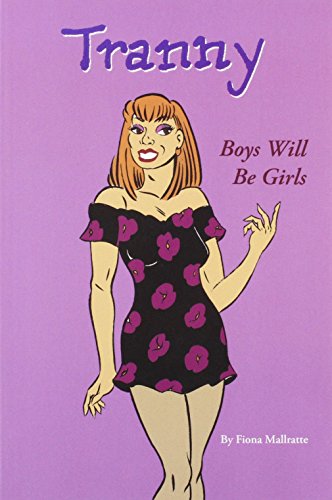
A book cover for Tranny: Boys Will be Girls; Fiona Mallratte; Comics & Graphic Novels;